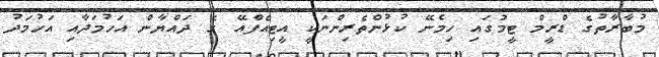
މުބާރާތުގެ ޑްރީމް ޓީމުގައި ހިމެނޭ ކުޅުންތެރިންނަކީ އީޓިއެފްއޭ ގެ ދައްޔާން އަހުމަދާއި އަހުމަދު